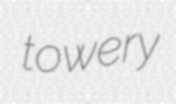
towery